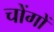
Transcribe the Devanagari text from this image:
चोंगों